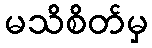
မသိစိတ်မှ